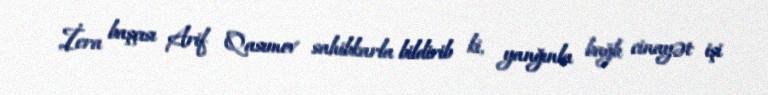
İcra başçısı Arif Qasımov sahibkarla bildirib ki, yanğınla bağlı cinayət işi